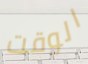
الوقت